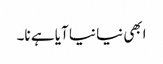
ابھی نیا نیا آیا ہے نا۔